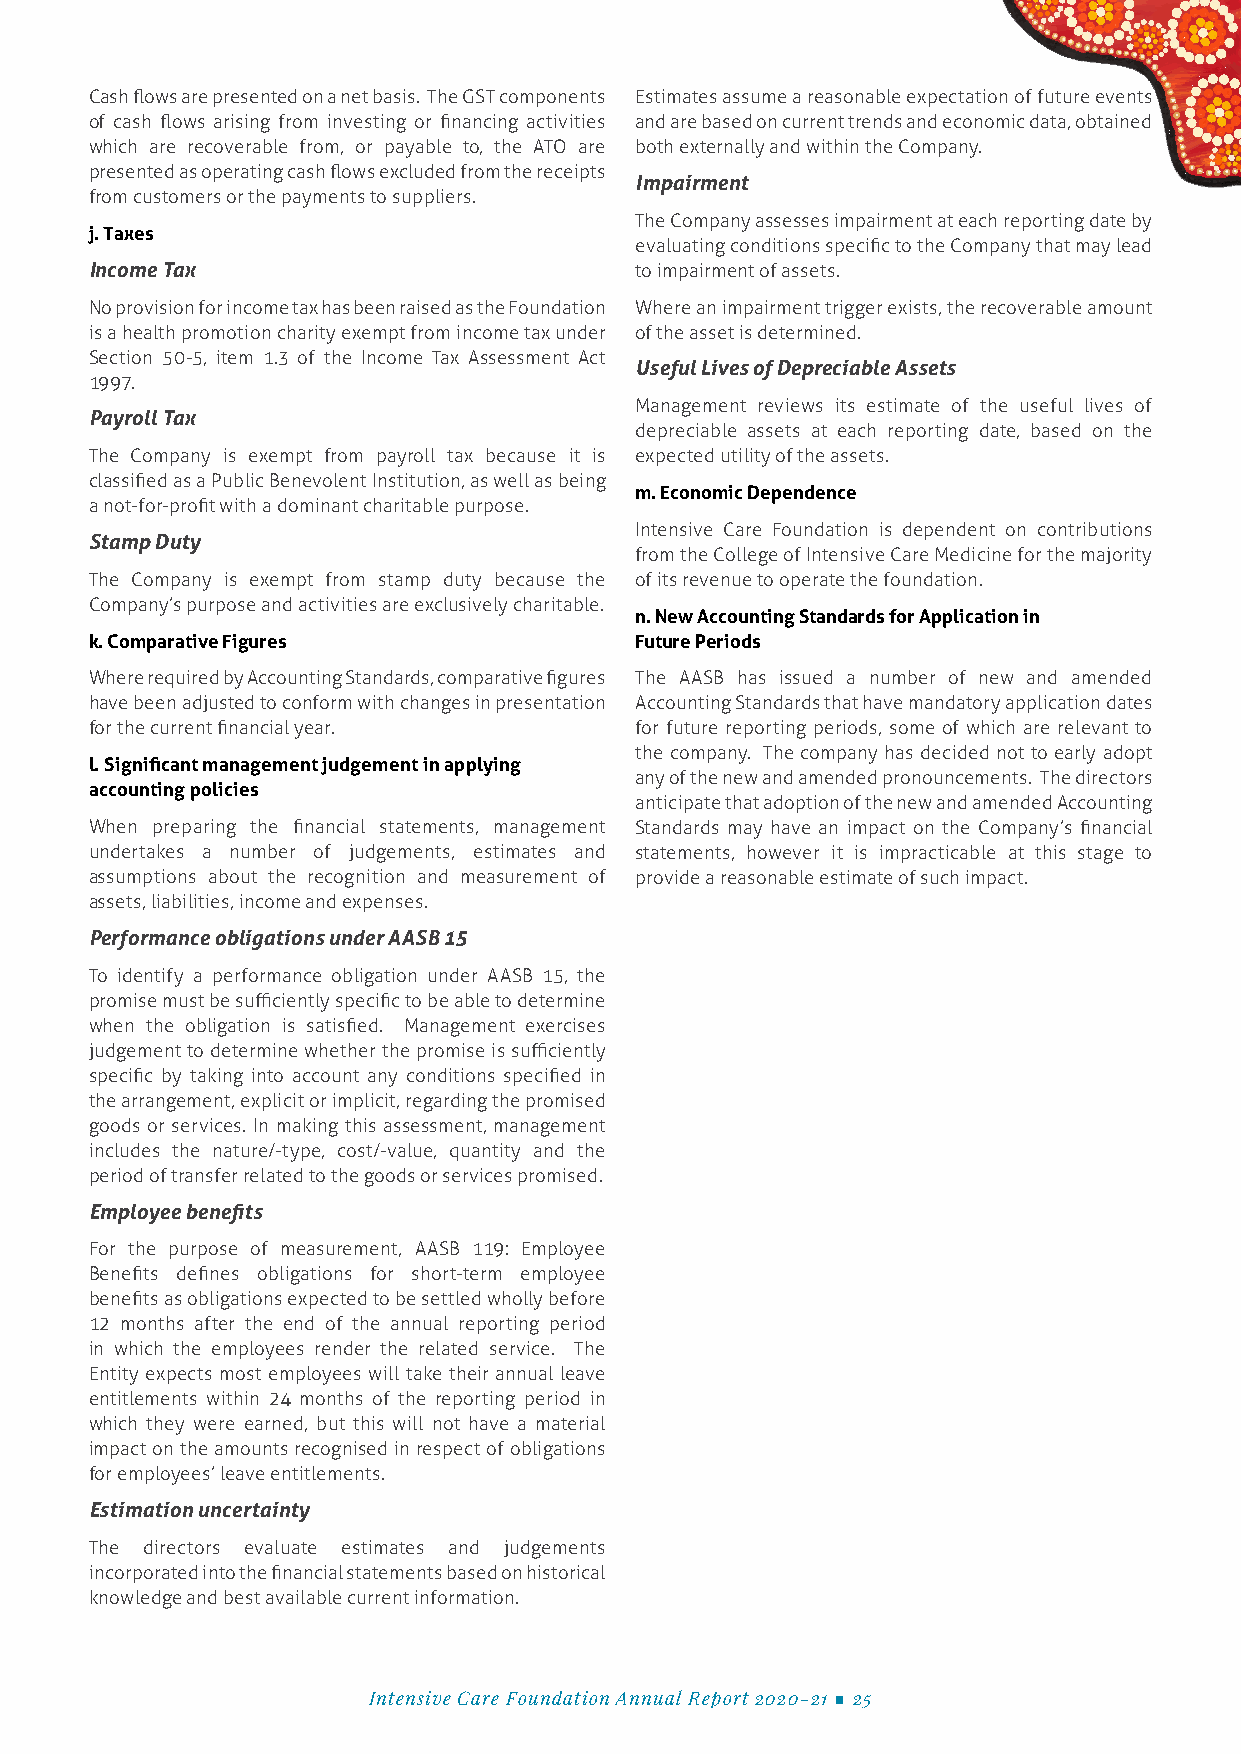
Cash flows are presented on a net basis. The GST components Estimates assume a reasonable expectation of future events
 of cash flows arising from investing or financing activities and are based on current trends and economic data, obtained
 which are recoverable from, or payable to, the ATO are both externally and within the Company.
 presented as operating cash flows excluded from the receipts
 Impairment
 from customers or the payments to suppliers.
 The Company assesses impairment at each reporting date by
 j. Taxes
 evaluating conditions specific to the Company that may lead
 Income Tax                          to impairment of assets.
 No provision for income tax has been raised as the Foundation Where an impairment trigger exists, the recoverable amount
 is a health promotion charity exempt from income tax under of the asset is determined.
 Section 50-5, item 1.3 of the Income Tax Assessment Act
 Useful Lives of Depreciable Assets
 1997.
 Management reviews its estimate of the useful lives of
 Payroll Tax
 depreciable assets at each reporting date, based on the
 The Company is exempt from payroll tax because it is expected utility of the assets.
 classified as a Public Benevolent Institution, as well as being
 m. Economic Dependence
 a not-for-profit with a dominant charitable purpose.
 Intensive Care Foundation is dependent on contributions
 Stamp Duty
 from the College of Intensive Care Medicine for the majority
 The Company is exempt from stamp duty because the of its revenue to operate the foundation.
 Company’s purpose and activities are exclusively charitable.
 n. New Accounting Standards for Application in
 k. Comparative Figures              Future Periods
 Where required by Accounting Standards, comparative figures The AASB has issued a number of new and amended
 have been adjusted to conform with changes in presentation Accounting Standards that have mandatory application dates
 for the current financial year.     for future reporting periods, some of which are relevant to
 the company. The company has decided not to early adopt
 l. Significant management judgement in applying
 any of the new and amended pronouncements. The directors
 accounting policies
 anticipate that adoption of the new and amended Accounting
 When preparing the financial statements, management Standards may have an impact on the Company’s financial
 undertakes a number of judgements, estimates and statements, however it is impracticable at this stage to
 assumptions about the recognition and measurement of provide a reasonable estimate of such impact.
 assets, liabilities, income and expenses.
 Performance obligations under AASB 15
 To identify a performance obligation under AASB 15, the
 promise must be sufficiently specific to be able to determine
 when the obligation is satisfied. Management exercises
 judgement to determine whether the promise is sufficiently
 specific by taking into account any conditions specified in
 the arrangement, explicit or implicit, regarding the promised
 goods or services. In making this assessment, management
 includes the nature/-type, cost/-value, quantity and the
 period of transfer related to the goods or services promised.
 Employee benefits
 For the purpose of measurement, AASB 119: Employee
 Benefits defines obligations for short-term employee
 benefits as obligations expected to be settled wholly before
 12 months after the end of the annual reporting period
 in which the employees render the related service. The
 Entity expects most employees will take their annual leave
 entitlements within 24 months of the reporting period in
 which they were earned, but this will not have a material
 impact on the amounts recognised in respect of obligations
 for employees’ leave entitlements.
 Estimation uncertainty
 The directors evaluate estimates and judgements
 incorporated into the financial statements based on historical
 knowledge and best available current information.
 Intensive Care Foundation Annual Report 2020-21 ■ 25